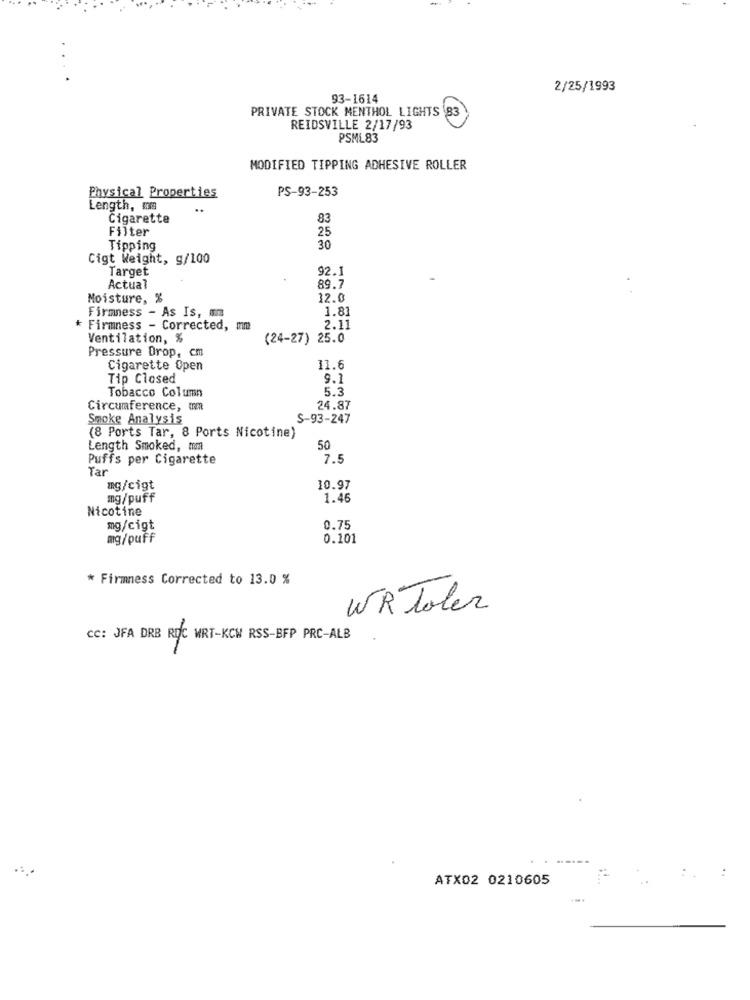
2/25/1993
93-1614
PRIVATE STOCK MENTHOL LIGHTS
83
REIDSVILLE 2/17/93
PSML83
MODIFIED TIPPING ADHESIVE ROLLER
PS-93-253
Physical Properties
Length, ms
Cigarette
83
Filter
25
Tipping
30
Cigt Weight, g/100
Target
92.1
Actual
89.7
Moisture, %
12.0
1.81
Firmness - As Is, mm
Firmness - Corrected, mm
2.11
Ventilation, %
(24-27) 25.0
Pressure Drop, cm
Cigarette Open
11.6
Tip Closed
9.1
Tobacco Column
5.3
Circumference, mm
24.87
Smoke Analysis
S-93-247
(8 Ports Tar, 8 Ports Nicotine)
Length Smoked, mm
50
Puffs per Cigarette
7.5
Tar
mg/cigt
10.97
mg/puff
1.46
Nicotine
mg/cigt
0.75
mg/puff
0.101
* Firmness Corrected to 13.0 %
WR Toler
CC: JFA DRB ROC WRT-KOW RSS-BFP PRC-ALB
ATX02 0210605